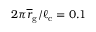
2 \pi \overline { r } _ { \mathrm { g } } / \ell _ { \mathrm { c } } = 0 . 1